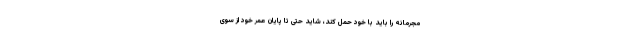
مجرمانه را باید با خود حمل کند، شاید حتی تا پایان عمر خود از سوی